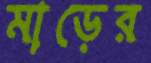
মাড়ের